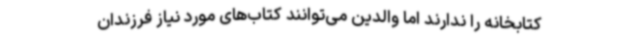
کتابخانه را ندارند اما والدین می‌توانند کتاب‌های مورد نیاز فرزندان